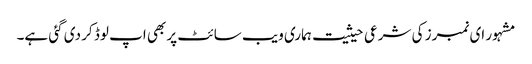
مشہور ای نمبرز کی شرعی حیثیت ہماری ویب سائٹ پر بھی اپ لوڈ کر دی گئی ہے۔